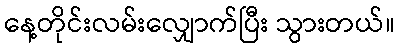
နေ့တိုင်းလမ်းလျှောက်ပြီး သွားတယ်။